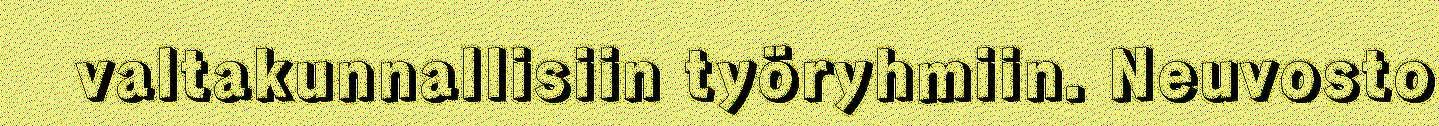
valtakunnallisiin työryhmiin. Neuvosto